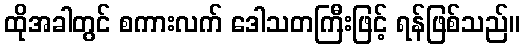
ထိုအခါတွင် စကားလက် ဒေါသတကြီးဖြင့် ရန်ဖြစ်သည်။